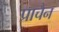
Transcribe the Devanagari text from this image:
प्राचैन